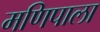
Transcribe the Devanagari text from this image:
मणिपाला